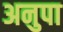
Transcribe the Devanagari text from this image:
अनुपा